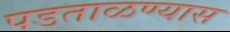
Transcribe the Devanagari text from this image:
पडताळण्यास